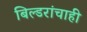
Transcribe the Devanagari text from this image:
बिल्डरांचाही